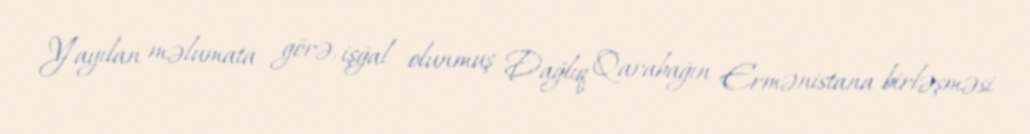
Yayılan məlumata görə, işğal olunmuş Dağlıq Qarabağın Ermənistana birləşməsi